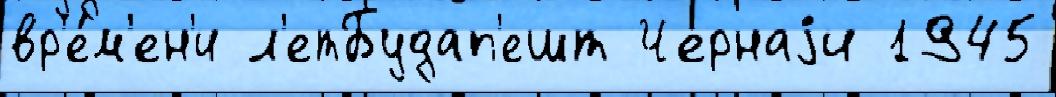
вр'е́м'ен'и л'етБудап'ешт Чернаjи 1945